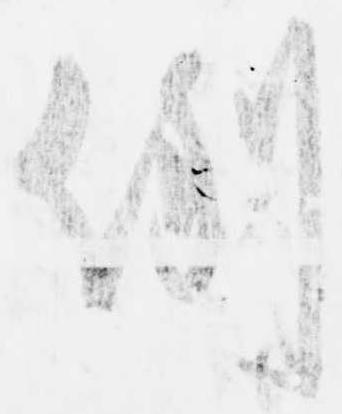
例